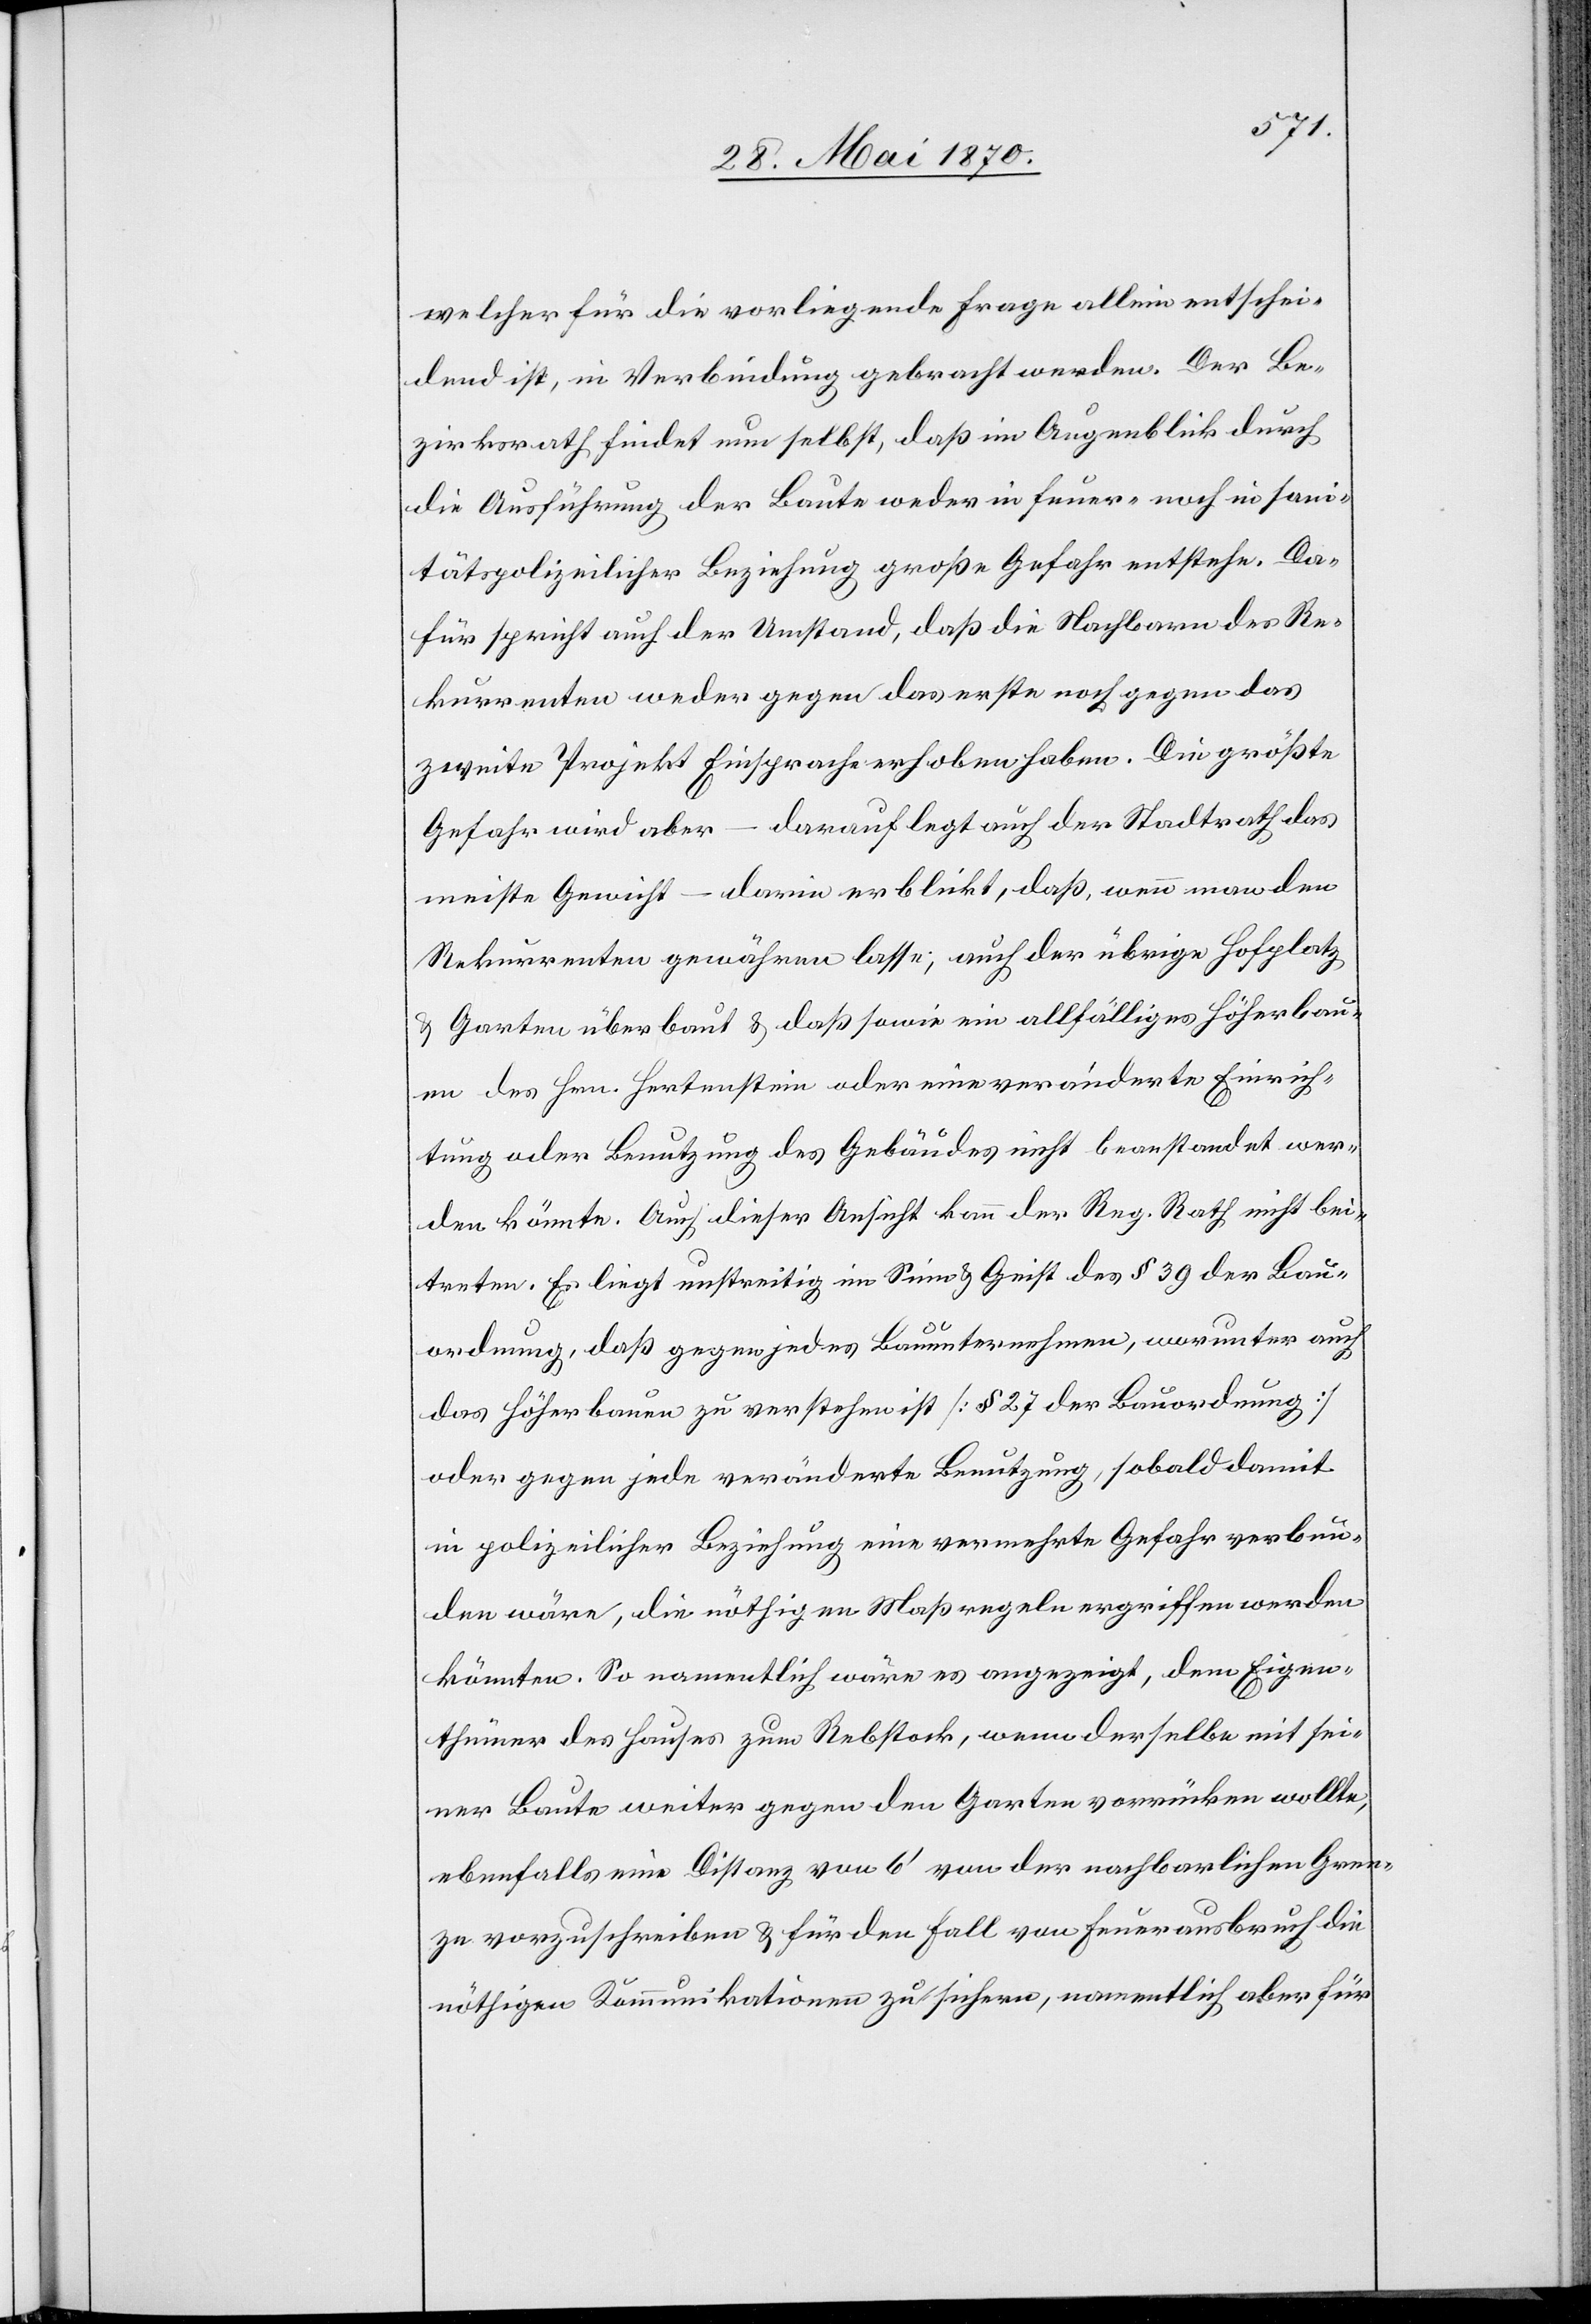
welcher für die vorliegende Frage allein entschei¬
dend ist, in Verbindung gebracht werden. Der Be¬
zirksrath findet nun selbst, daß im Augenblick durch
die Ausführung der Baute weder in feuer- noch in sani¬
tätspolizeilicher Beziehung große Gefahr entstehe. Da¬
für spricht auch der Umstand, daß die Nachbarn des Re¬
kurrenten weder gegen das erste noch gegen das
zweite Projekt Einsprache erhoben haben. Die größte
Gefahr wird aber – darauf legt auch der Stadtrath das
meiste Gewicht – darin erblickt, daß, wen man den
Rekurrenten gewähren lasse, auch der übrige Hofplatz
& Garten überbaut & daß sowie ein allfälliges höherbau¬
en des Hrn. Hertenstein oder eine veränderte Einrich¬
tung oder Benutzung des Gebäudes nicht beanstandet wer¬
den könnte. Auch dieser Ansicht kann der Reg. Rath nicht bei¬
treten. Es liegt unstreitig im Sinne & Geist des § 39 der Bau¬
ordnung, daß gegen jedes Bauunternehmen, worunter auch
das höherbauen zu verstehen ist [§ 27 der Bauordnung]
oder gegen jede veränderte Benutzung, sobald damit
in polizeilicher Beziehung eine vermehrte Gefahr verbun¬
den wäre, die nöthigen Maßregeln ergriffen werden
könnten. So namentlich wäre es angezeigt, dem Eigen¬
thümer des Hauses zum Rebstock, wenn derselbe mit sei¬
ner Baute weiter gegen den Garten vorrücken wollte,
ebenfalls eine Distanz von 6‘ von der nachbarlichen Gren¬
ze vorzuschreiben & für den Fall von Feuerausbruch die
nöthigen Kommunikation zu sichern, namentlich aber für